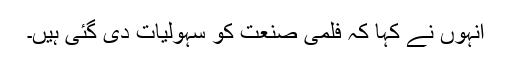
انہوں نے کہا کہ فلمی صنعت کو سہولیات دی گئی ہیں۔